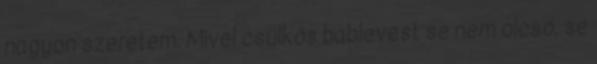
nagyon szeretem. Mivel csülkös bablevest se nem olcsó, se